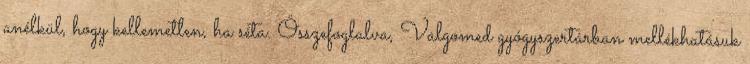
anélkül, hogy kellemetlen, ha séta. Összefoglalva, Valgomed gyógyszertárban mellékhatásuk